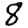
Digit: 8